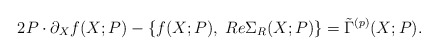
\begin{align*}2 P \cdot \partial_{X} f (X; P) - \left\{ f (X; P), \; Re \Sigma_R (X; P) \right\} = \tilde{\Gamma}^{(p)} (X; P) . \end{align*}